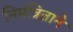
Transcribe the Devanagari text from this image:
निमंत्रिताने